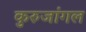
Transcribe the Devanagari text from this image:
कुरुजांगल